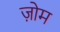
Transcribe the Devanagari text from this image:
ज़ोम